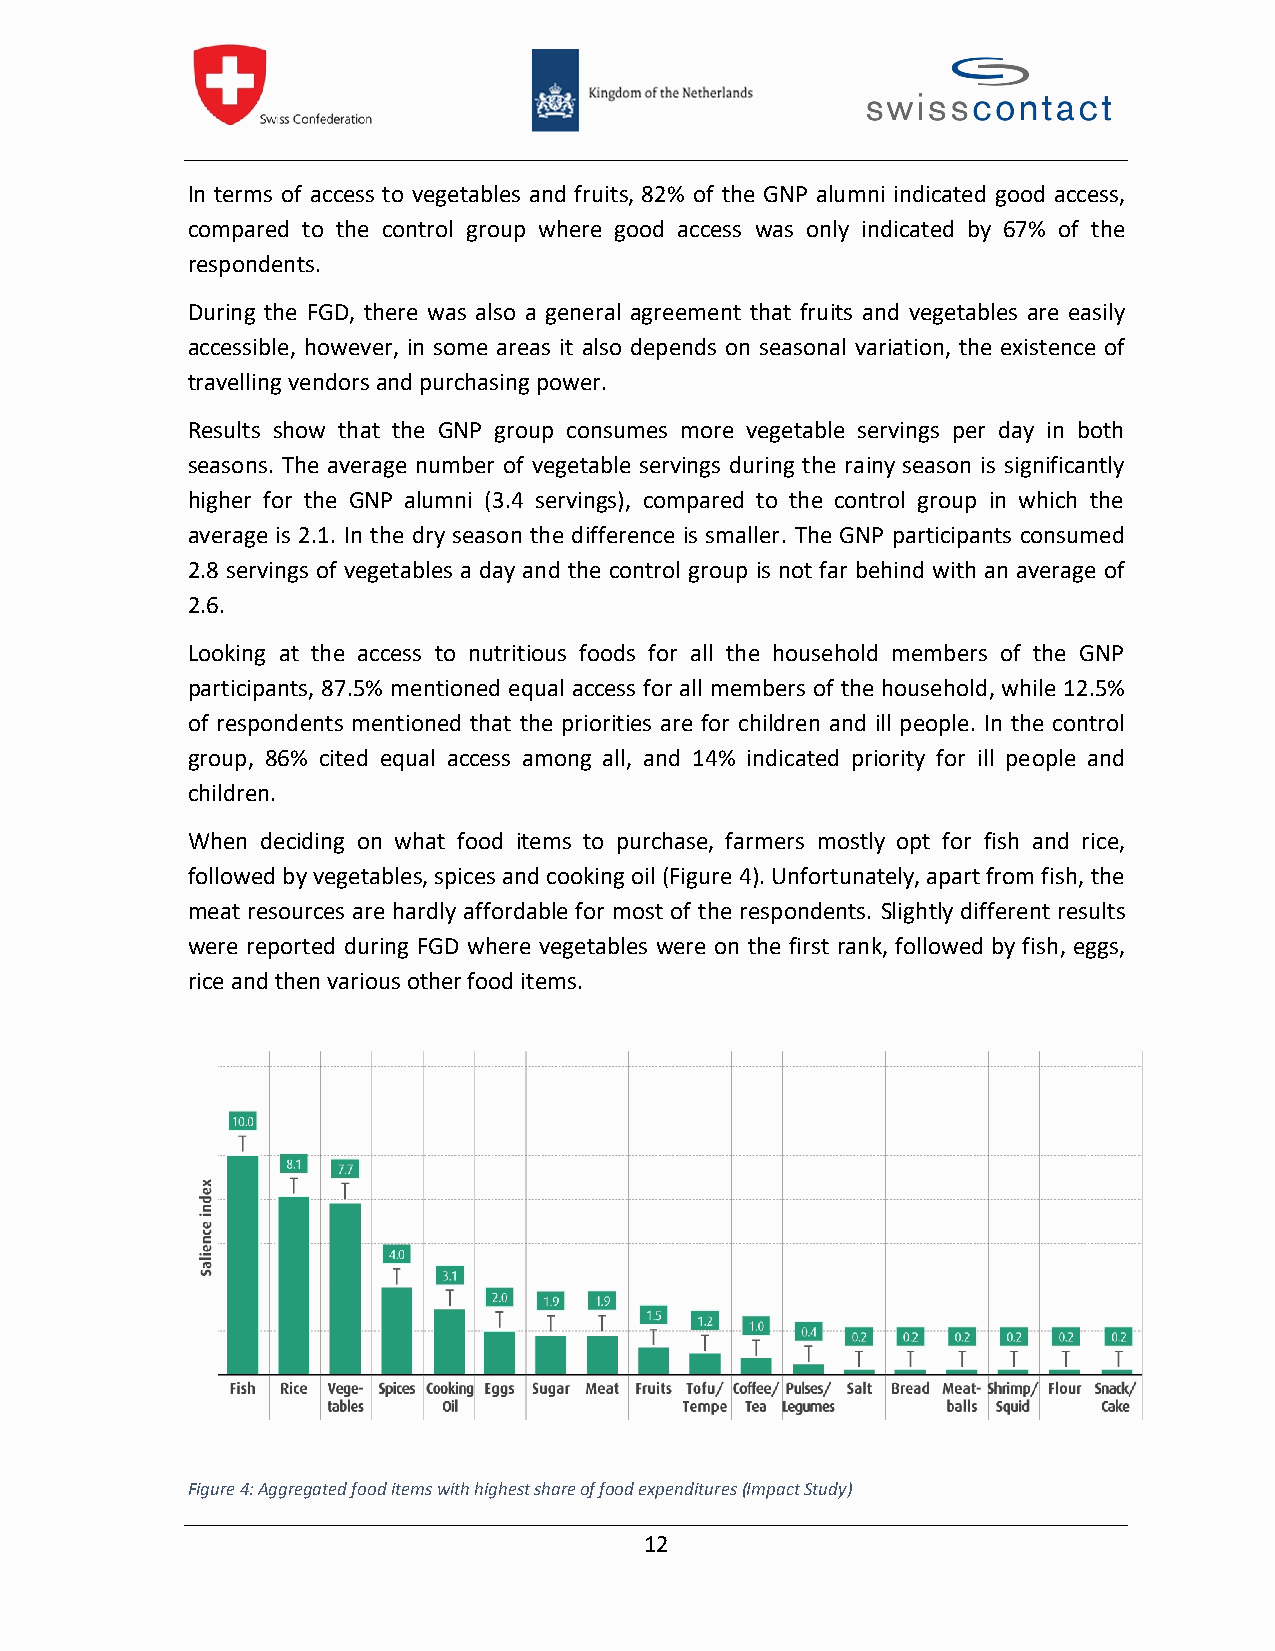
In terms of access to vegetables and fruits, 82% of the GNP alumni indicated good access,
 compared to the control group where good access was only indicated by 67% of the
 respondents.
 During the FGD, there was also a general agreement that fruits and vegetables are easily
 accessible, however, in some areas it also depends on seasonal variation, the existence of
 travelling vendorsand purchasing power.
 Results show that the GNP group consumes more vegetable servings per day in both
 seasons. The average number of vegetable servings during the rainy season is significantly
 higher for the GNP alumni (3.4 servings), compared to the control group in which the
 average is 2.1. In the dry season the difference is smaller. The GNP participants consumed
 2.8 servings of vegetables a day and the control group is not far behind with an average of
 2.6.
 Looking at the access to nutritious foods for all the household members of the GNP
 participants, 87.5% mentioned equal access for all members of the household, while 12.5%
 of respondents mentioned that the priorities are for children and ill people. In the control
 group, 86% cited equal access among all, and 14% indicated priority for ill people and
 children.
 When deciding on what food items to purchase, farmers mostly opt for fish and rice,
 followed by vegetables, spices and cooking oil (Figure4). Unfortunately, apart from fish, the
 meat resources are hardly affordable for most of the respondents. Slightly different results
 were reported during FGD where vegetables were on the first rank, followed by fish, eggs,
 rice and then various other food items.
 Figure4:Aggregated food items with highest share of food expenditures(Impact Study)
 12